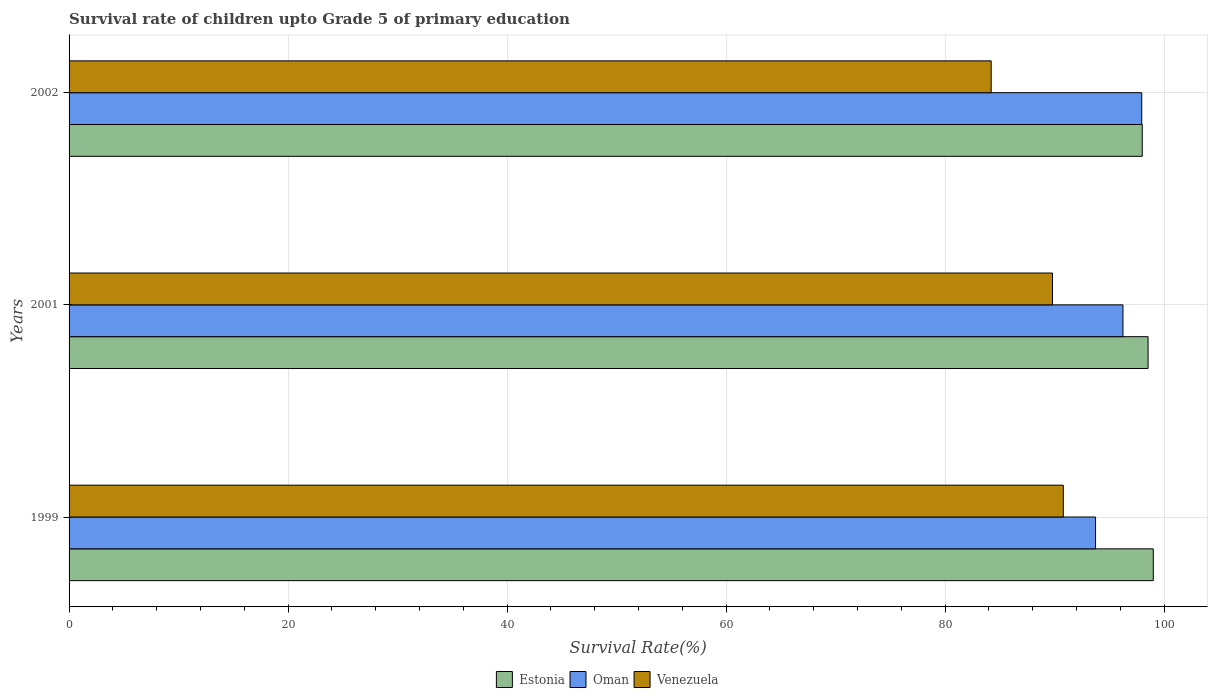
| Years | Estonia | Oman | Venezuela |
 | --- | --- | --- | --- |
 | 1999 | 99 | 93.7 | 90.8 |
 | 2001 | 98.5 | 96.2 | 89.8 |
 | 2002 | 98 | 98 | 84.2 |